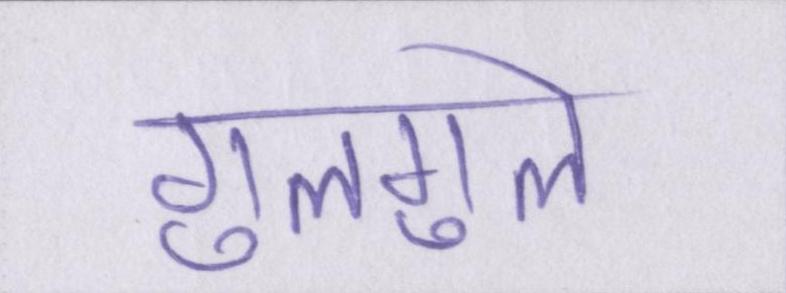
गुलगुले